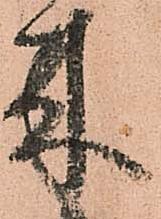
来